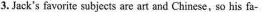
3.Jack's favorite subjects are art and Chinese, so his fa-